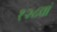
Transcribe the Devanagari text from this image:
१२८वां